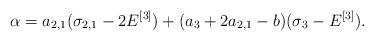
LaTeX: \begin{align*}\alpha = a_{2,1}(\sigma_{2,1} - 2E^{[3]}) + (a_3+2a_{2,1}-b)(\sigma_3-E^{[3]}).\end{align*}